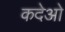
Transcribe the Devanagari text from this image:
कदेओ